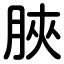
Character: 脥